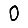
Digit: 0